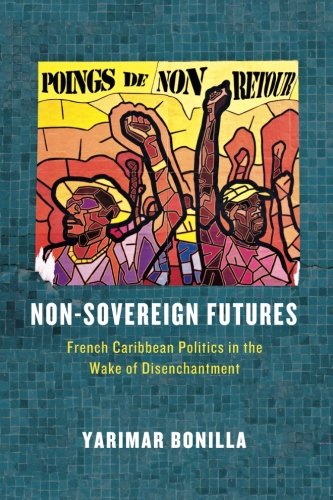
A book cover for Non-Sovereign Futures: French Caribbean Politics in the Wake of Disenchantment; Yarimar Bonilla; Law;